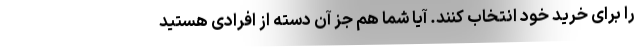
را برای خرید خود انتخاب کنند. آیا شما هم جز آن دسته از افرادی هستید